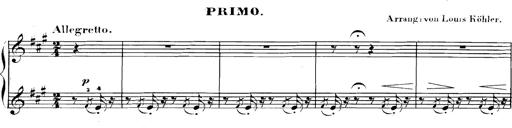
Title: Spinnerlied aus dem Fliegenden HollÃ¤nder
Composer: Franz Liszt